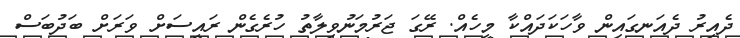
ދެއިރު ދެއަނގައިން ވާހަކަދައްކާ މީހެއް. ރޭގަ ޖަރުމަނުވިލާތު ހުރެގެން ރައީސަށް ވަރަށް ބަދުބަސް